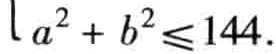
\(a^{2}+b^{2}\leq144\)